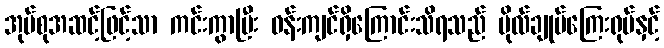
အုပ်စုအဆင့်ဖြင့်သာ ကင်းကွာပြီး ဝန်းကျင်ရှိကြောင်းသိရသည် ဗိုလ်ချုပ်ကြေးရုပ်နှင့်